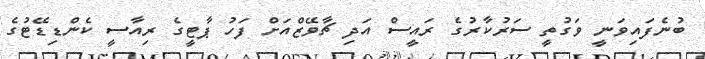
ބުނެފައިވަނީ ވަގުތީ ސަރުކާރުގެ ރައީސް އަދި ޗާވޭޒްއަށް ފަހު ޕާޓީގެ ރިއާސީ ކެންޑިޑޭޓުގެ